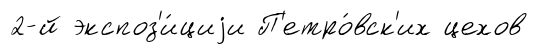
2-й экспоз'и́циjи П'етро́вск'их цехов